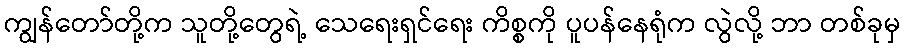
ကျွန်တော်တို့က သူတို့တွေရဲ့ သေရေးရှင်ရေး ကိစ္စကို ပူပန်နေရုံက လွဲလို့ ဘာ တစ်ခုမှ